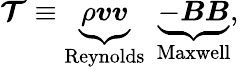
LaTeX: \boldsymbol{\mathcal{T}}\equiv\underbrace{\rho\boldsymbol{v}\boldsymbol{v}}_{\mathrm{Reynolds}}\: \: \underbrace{-\boldsymbol{B}\boldsymbol{B}}_{\mathrm{Maxwell}},